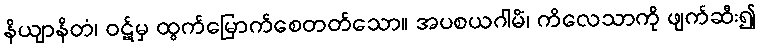
နိယျာနိတံ၊ ဝဋ်မှ ထွက်မြောက်စေတတ်သော။ အပစယဂါမိံ၊ ကိလေသာကို ဖျက်ဆီး၍